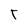
Character: T